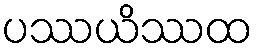
ပဿယိဿထ